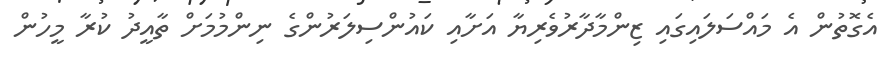
އެގޮތުން އެ މައްސަލައިގައި ޒިންމާދާރުވެރިޔާ އަށާއި ކައުންސިލަރުންގެ ނިންމުމަށް ތާއީދު ކުރާ މީހުން